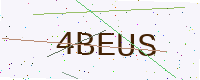
Text: 4BEUS